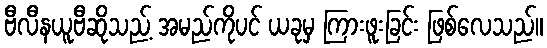
ဗီလီနယူဗီဆိုသည့် အမည်ကိုပင် ယခုမှ ကြားဖူးခြင်း ဖြစ်လေသည်။